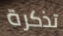
تذكرة